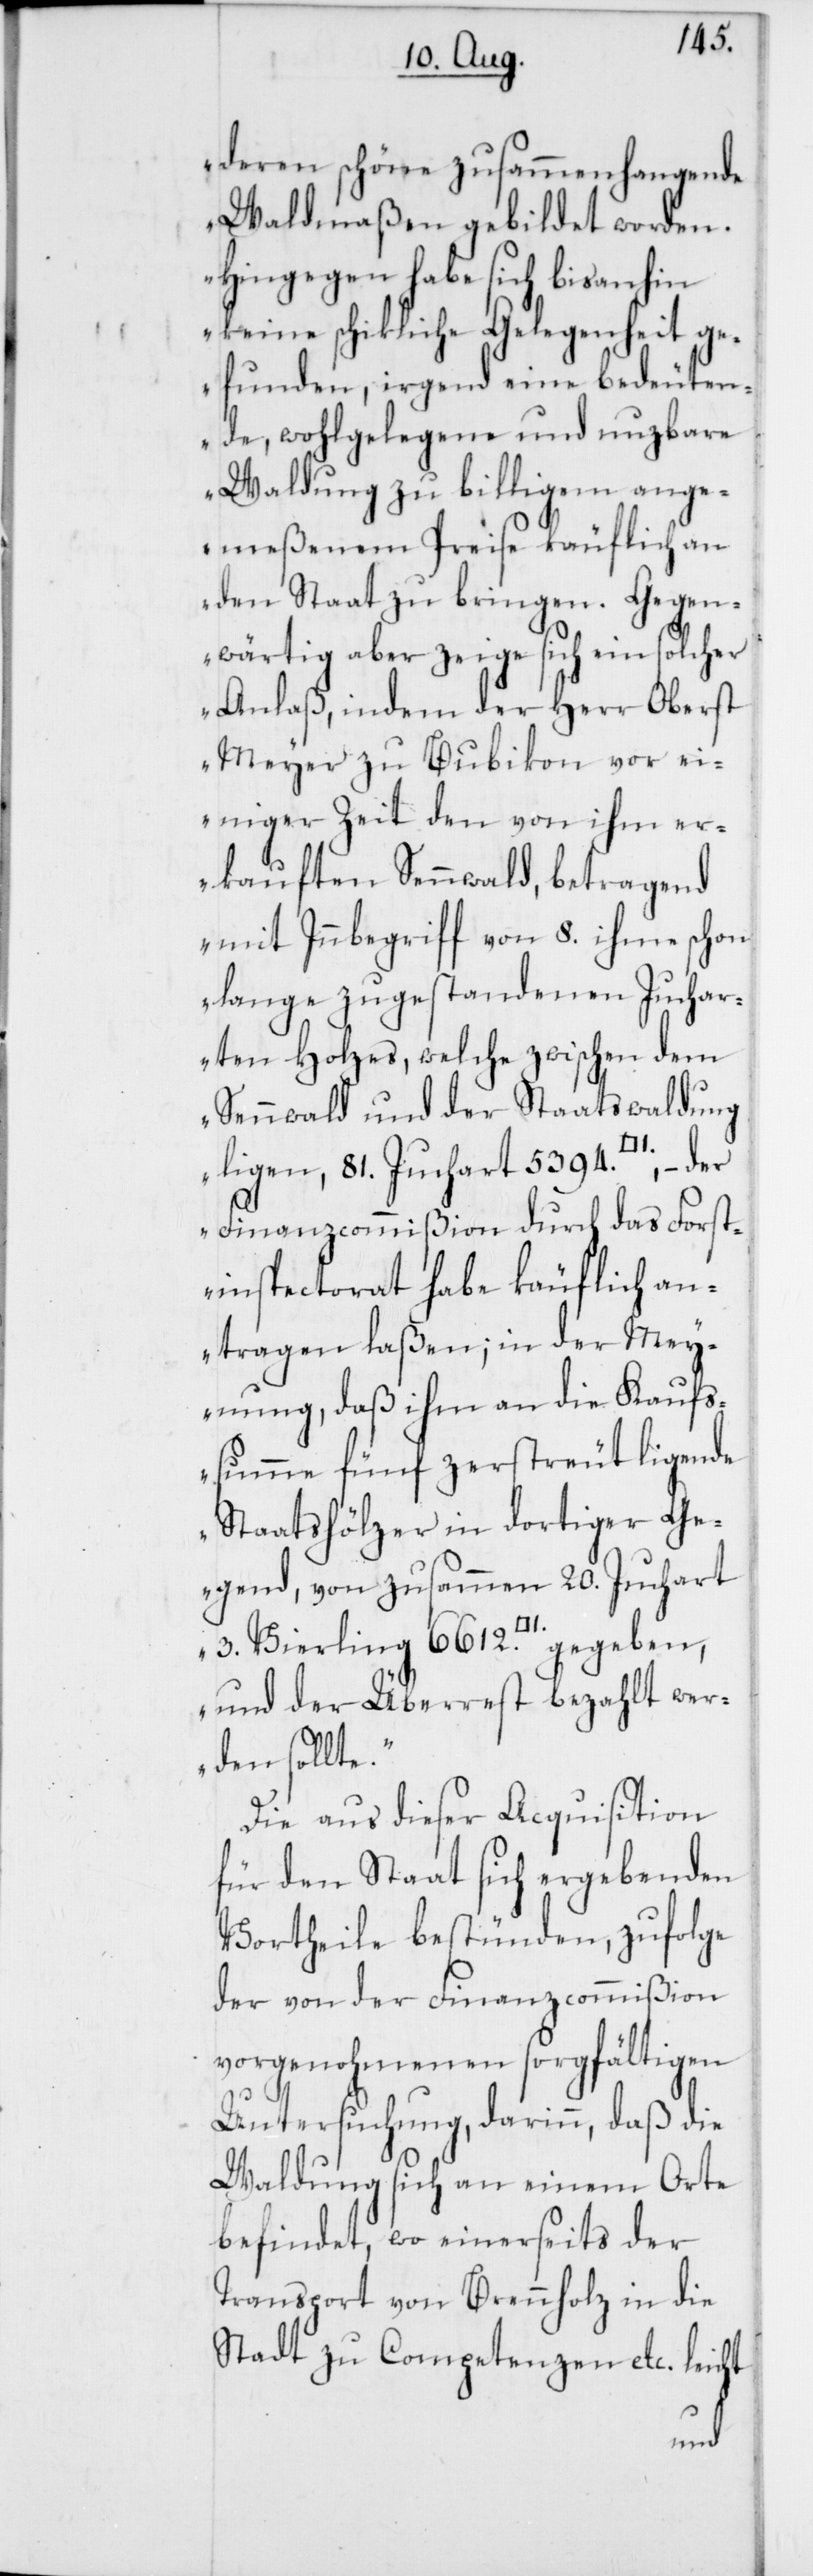
deren schöne zusammenhangende
Waldmaßen gebildet worden.
Hingegen habe sich bis anhin
keine schikliche Gelegenheit ge¬
funden, irgend eine bedeuten¬
de, wohlgelegene und nuzbare
Waldung zu billigem ange¬
meßenem Preise käuflich an
den Staat zu bringen. Gegen¬
wärtig aber zeige sich ein solcher
Anlaß, indem der Herr Oberst
Meyer zu Bubikon vor ei¬
niger Zeit den von ihm er¬
kauften Sennwald, betragend
mit Innbegriff von 8. ihme schon
lange zugestandenen Juchar¬
ten Holzes, welche zwischen dem
Sennwald und der Staatswaldung
ligen, 81. Juchart 5394
Finanzcommißion durch das Forst¬
inspectorat habe käuflich an¬
tragen laßen; in der Mey¬
nung, daß ihm an die Kaufs¬
summe fünf zerstreut ligende
Staatshölzer in dortiger Ge¬
gend, von zusammen 20. Juchart
3.
und der Überrest bezahlt wer¬
den sollte.“
Die aus dieser Acquisition
für den Staat sich ergebenden
Vortheile bestünden, zufolge
der von der Finanzcommißion
vorgenohmenen sorgfältigen
Untersuchung, darin, daß die
Waldung sich an einem Orte
befindet, wo einerseits der
Transport von Brennholz in die
Stadt zu Competenzen etc. leicht